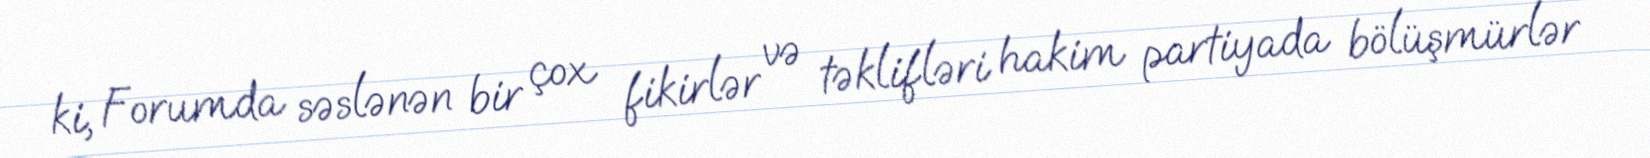
ki, Forumda səslənən bir çox fikirlər və təklifləri hakim partiyada bölüşmürlər